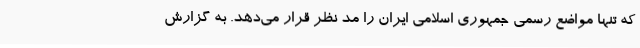
که تنها مواضع رسمی جمهوری اسلامی ایران را مد نظر قرار می‌دهد. به گزارش